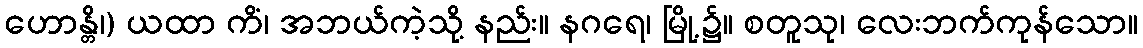
ဟောန္တိ၊) ယထာ ကိံ၊ အဘယ်ကဲ့သို့ နည်း။ နဂရေ၊ မြို့၌။ စတူသု၊ လေးဘက်ကုန်သော။